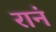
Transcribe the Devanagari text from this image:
रानं